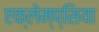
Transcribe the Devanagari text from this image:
एक्लेम्प्सिया